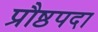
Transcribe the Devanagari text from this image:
प्रौष्ठपदा